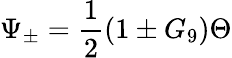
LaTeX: \Psi_{\pm}=\frac{1}{2}\left(1\pm G_{9}\right)\Theta